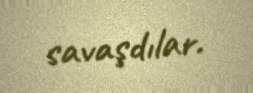
savaşdılar.